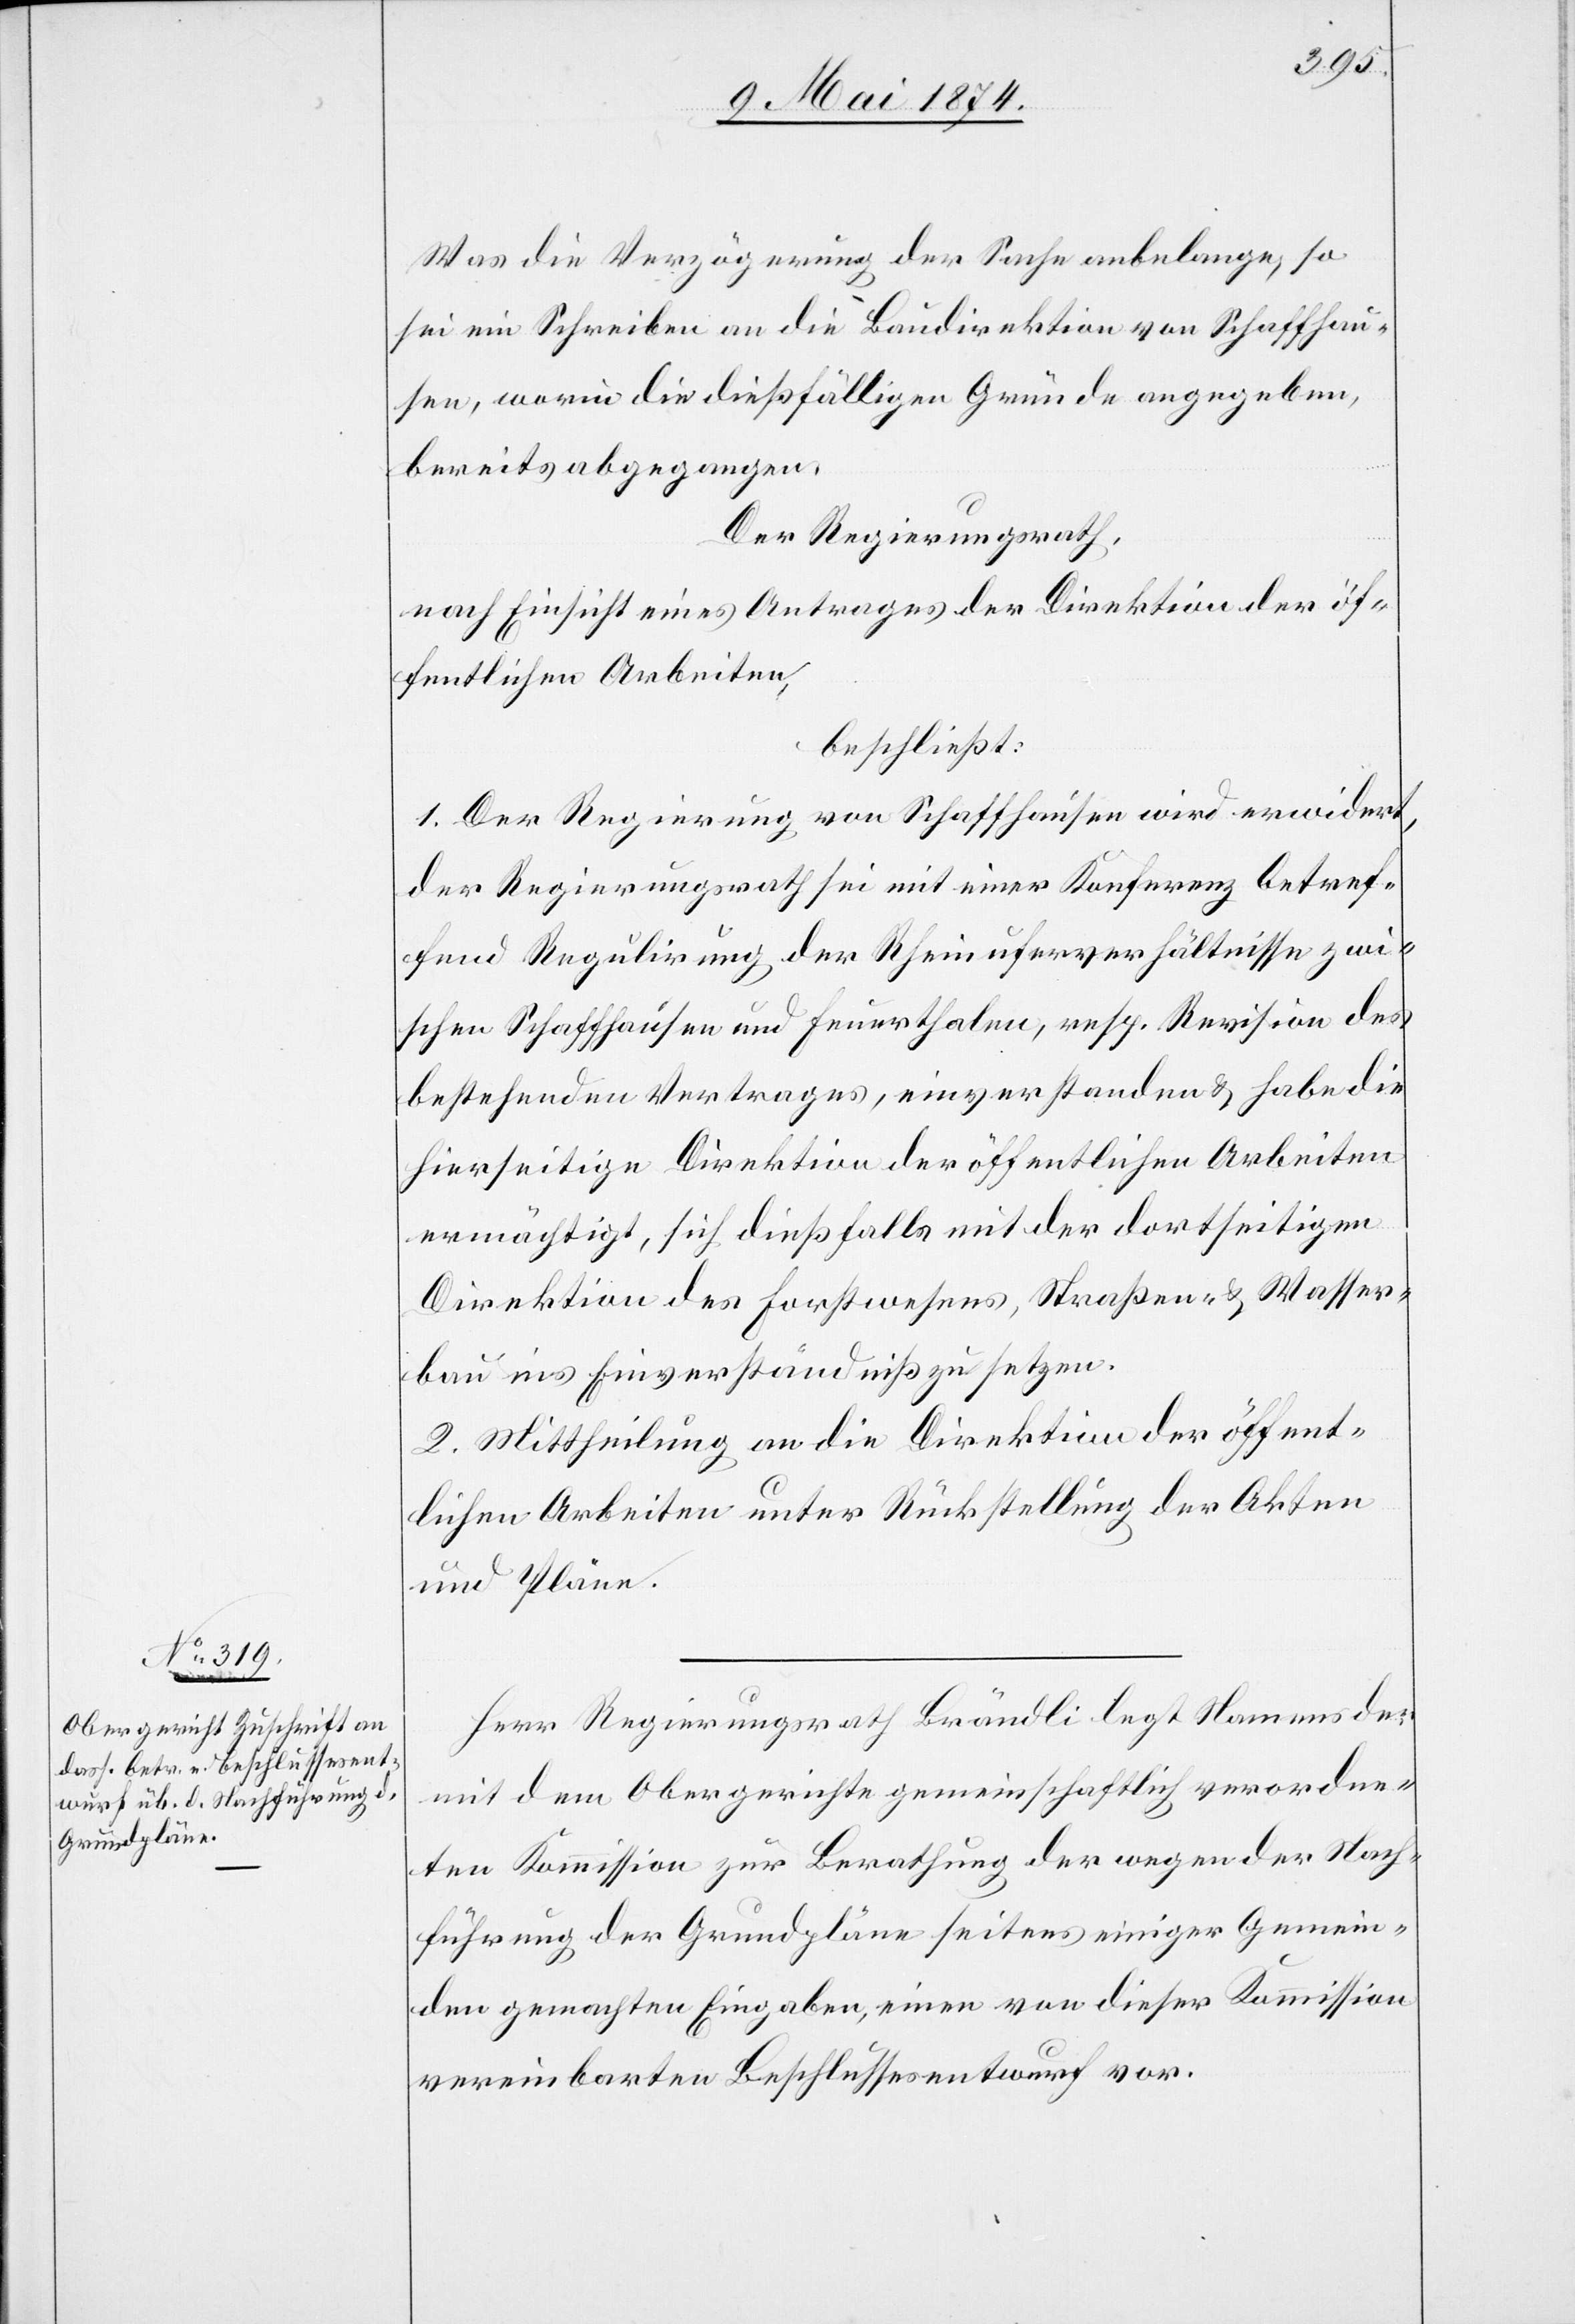
Was die Verzögerung der Sache anbelange, so
sei ein Schreiben an die Baudirektion von Schaffhau¬
sen, worin die dießfälligen Gründe angegeben,
bereits abgegangen.
Der Regierungsrath,
nach Einsicht eines Antrages der Direktion der öf¬
fentlichen Arbeiten,
beschließt:
1. Der Regierung von Schaffhausen wird erwidert,
der Regierungsrath sei mit einer Konferenz betref¬
fend Regulirung der Rheinuferverhältnisse zwi¬
schen Schaffhausen und Feuerthalen, resp. Revision des
bestehenden Vertrages, einverstanden u. habe die
hierseitige Direktion der öffentlichen Arbeiten
ermächtigt, sich dießfalls mit der dortseitigen
Direktion des Forstwesens, Straßen- u. Wasser¬
bau ins Einverständniß zu setzen.
2. Mittheilung an die die Direktion der öffent¬
lichen Arbeiten unter Rückstellung der Akten
und Pläne.
Herr Regierungsrath Brändli legt Namens der
mit dem Obergerichte gemeinschaftlich verordne¬
ten Kommission zur Berathung der wegen der Nach¬
führung der Grundpläne seitens einiger Gemein¬
den gemachten Eingaben, einen von dieser Kommission
vereinbarten Beschlussesentwurf vor.